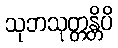
သုဘသုတ္တန္တိပိ